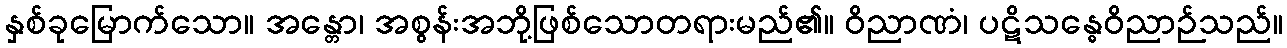
နှစ်ခုမြောက်သော။ အန္တော၊ အစွန်းအဘို့ဖြစ်သောတရားမည်၏။ ဝိညာဏံ၊ ပဋိသန္ဓေဝိညာဉ်သည်။